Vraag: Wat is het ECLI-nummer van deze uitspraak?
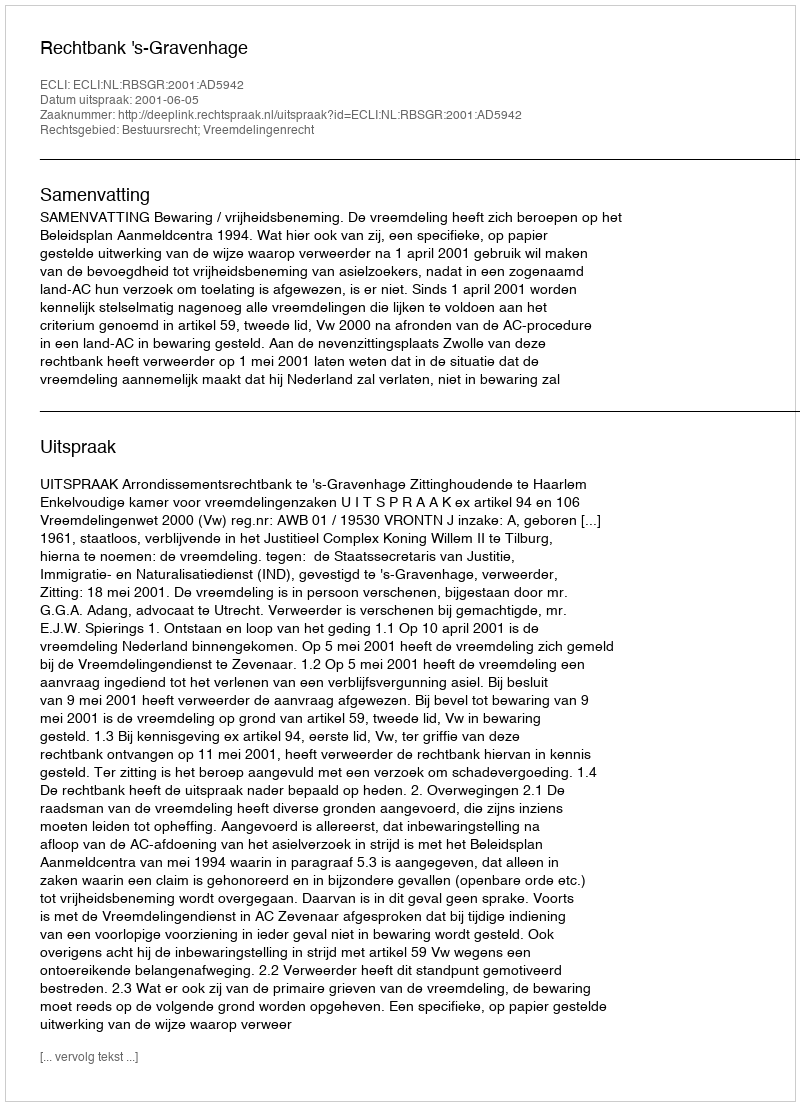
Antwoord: ECLI:NL:RBSGR:2001:AD5942